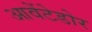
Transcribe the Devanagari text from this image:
आवेंटेडोर